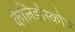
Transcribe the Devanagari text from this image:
केलिडोस्कोप